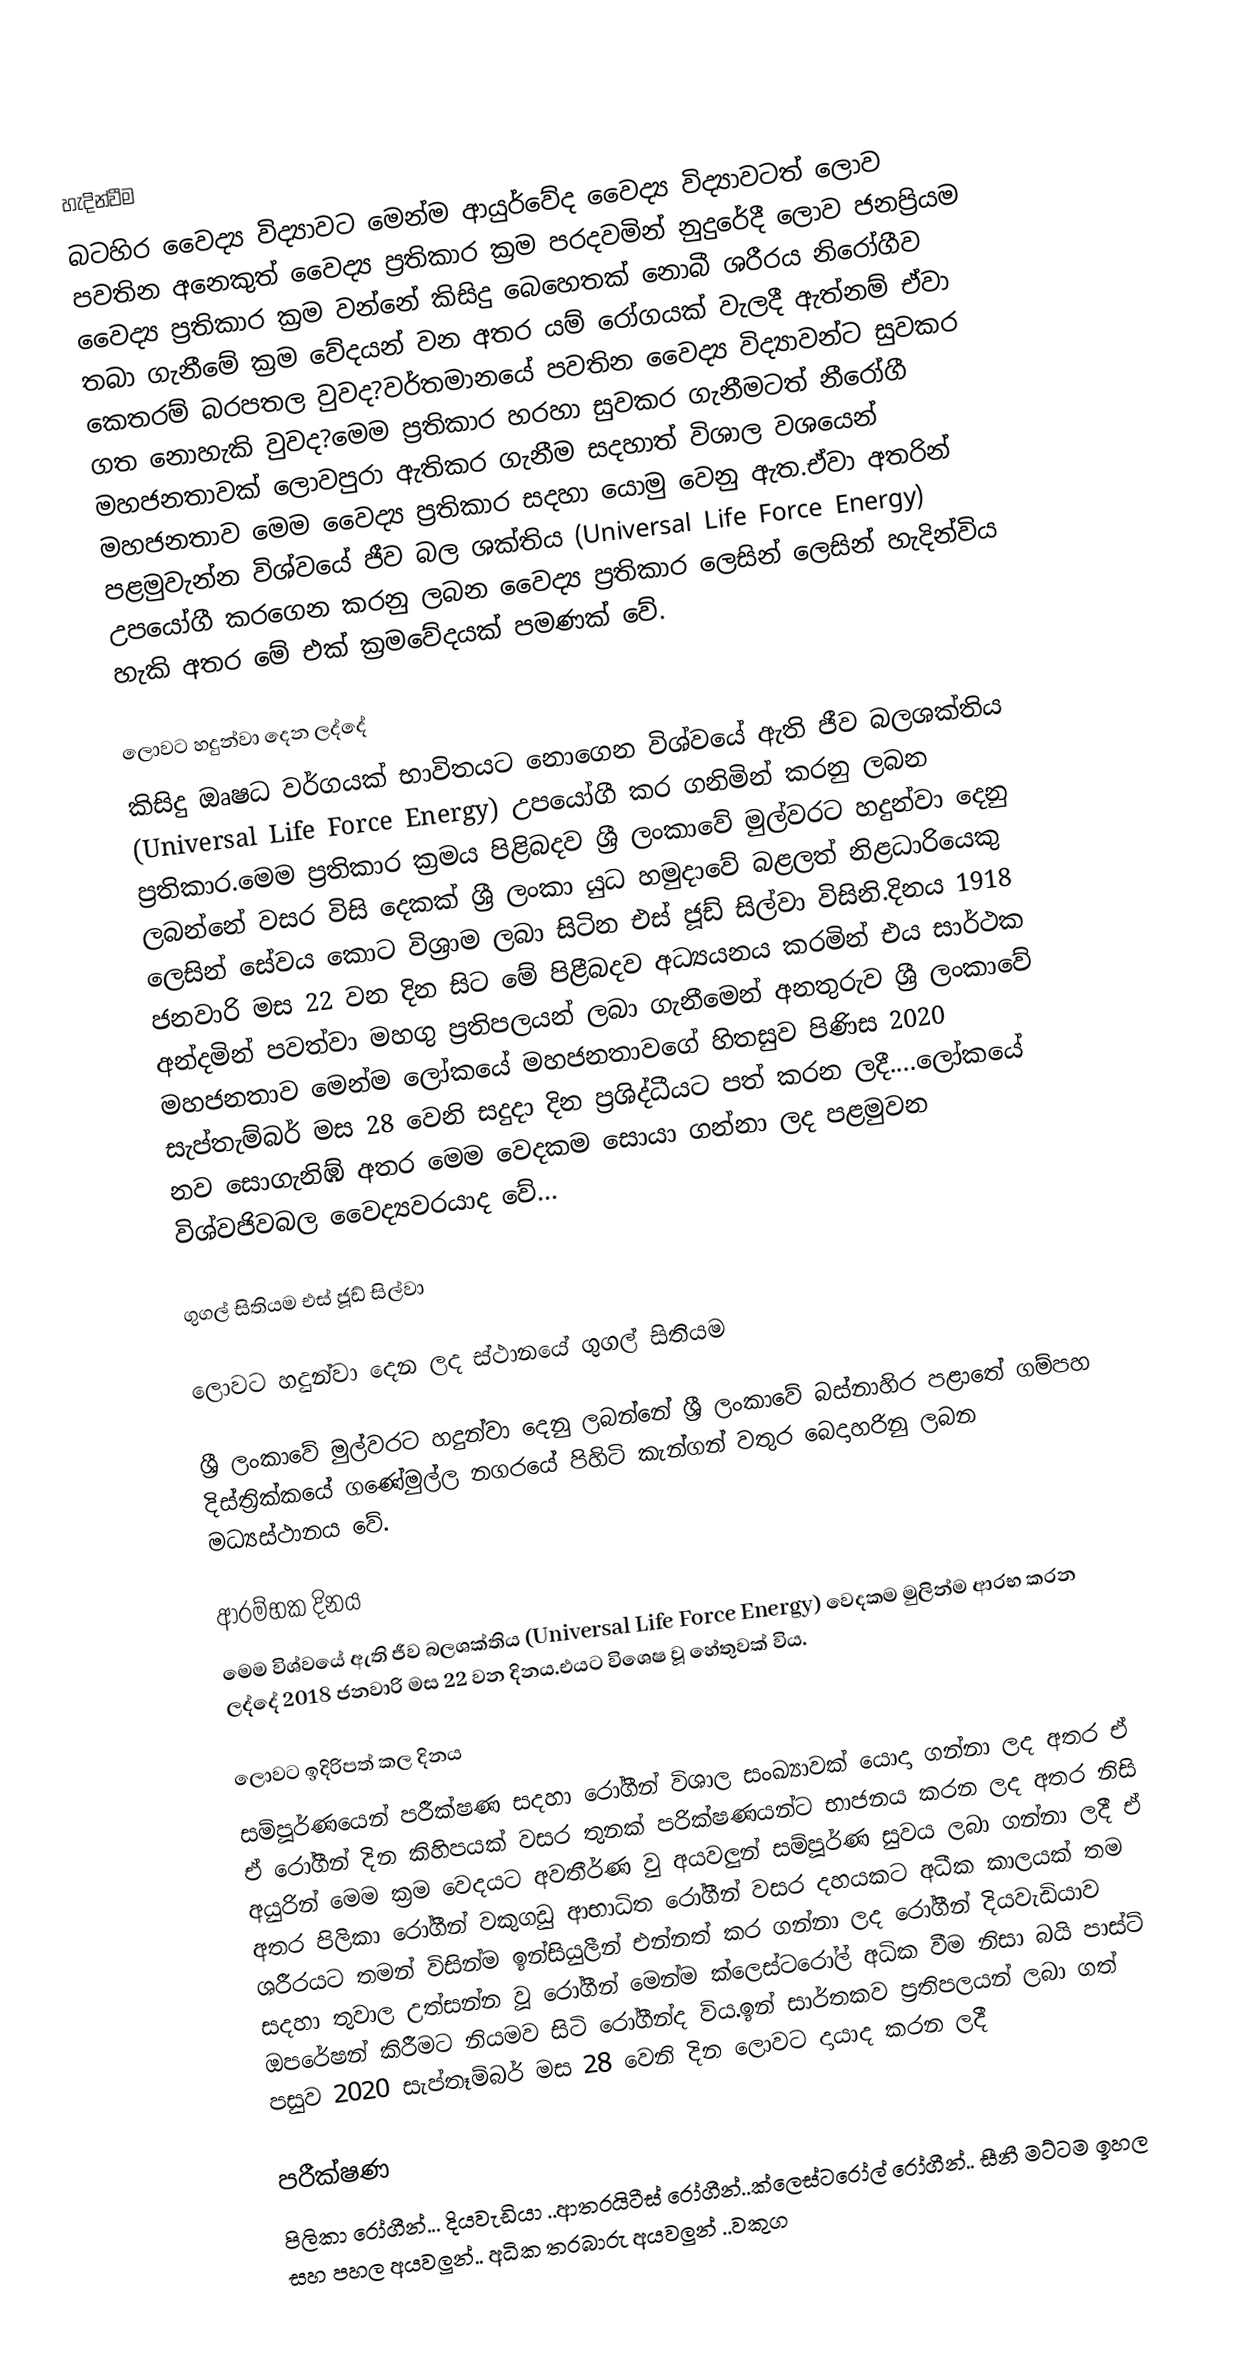

හැදින්වීම
බටහිර වෛද්‍ය විද්‍යාවට මෙන්ම ආයුර්වේද වෛද්‍ය විද්‍යාවටත් ලොව පවතින අනෙකුත් වෛද්‍ය ප්‍රතිකාර ක්‍රම පරදවමින් නුදුරේදී ලොව ජනප්‍රියම වෛද්‍ය ප්‍රතිකාර ක්‍රම වන්නේ කිසිදු බෙහෙතක් නොබී ශරීරය නිරෝගීව තබා ගැනීමේ ක්‍රම වේදයන් වන අතර යම් රෝගයක් වැලදී ඇත්නම් ඒවා කෙතරම් බරපතල වුවද?වර්තමානයේ පවතින වෛද්‍ය විද්‍යාවන්ට සුවකර ගත නොහැකි වුවද?මෙම ප්‍රතිකාර හරහා සුවකර ගැනීමටත් නීරෝගී මහජනතාවක් ලොවපුරා ඇතිකර ගැනීම සදහාත් විශාල වශයෙන් මහජනතාව මෙම වෛද්‍ය ප්‍රතිකාර සදහා යොමු වෙනු ඇත.ඒවා අතරින් පළමුවැන්න විශ්වයේ ජීව බල ශක්තිය (Universal Life Force Energy) උපයෝගී කරගෙන කරනු ලබන වෛද්‍ය ප්‍රතිකාර ලෙසින් ලෙසින් හැදින්විය හැකි අතර මේ එක් ක්‍රමවේදයක් පමණක් වේ.

ලොවට හදුන්වා දෙන ලද්දේ
කිසිදු ඔෘෂධ වර්ගයක් භාවිතයට නොගෙන විශ්වයේ ඇති ජීව බලශක්තිය (Universal Life Force Energy) උපයෝගී කර ගනිමින් කරනු ලබන ප්‍රතිකාර.මෙම ප්‍රතිකාර ක්‍රමය පිළිබදව ශ්‍රී ලංකාවේ මුල්වරට හදුන්වා දෙනු ලබන්නේ වසර විසි දෙකක් ශ්‍රී ලංකා යුධ හමුදාවේ බළලත් නිළධාරියෙකු ලෙසින් සේවය කොට විශ්‍රාම ලබා සිටින එස් ජූඩ් සිල්වා විසිනි.දිනය 1918 ජනවාරි මස 22 වන දින සිට මේ පිළීබදව අධ්‍යයනය කරමින් එය සාර්ථක අන්දමින් පවත්වා මහගු ප්‍රතිපලයන් ලබා ගැනීමෙන් අනතුරුව ශ්‍රී ලංකාවේ මහජනතාව මෙන්ම ලෝකයේ මහජනතාවගේ හිතසුව පිණිස 2020 සැප්තැම්බර් මස 28 වෙනි සදුදා දින ප්‍රශිද්ධීයට පත් කරන ලදී....ලෝකයේ නව සොගැනිඹ් අතර මෙම වෙදකම සොයා ගන්නා ලද පළමුවන  විශ්වජිවබල වෛද්‍යවරයාද වේ...

ගුගල් සිතියම එස් ජූඩ් සිල්වා

 ලොවට හදුන්වා දෙන ලද ස්ථානයේ ගුගල් සිතියම

ශ්‍රී ලංකාවේ මුල්වරට හදුන්වා දෙනු ලබන්නේ ශ්‍රී ලංකාවේ බස්නාහිර පළාතේ ගම්පහ දිස්ත්‍රික්කයේ  ගණේමුල්ල නගරයේ පිහිටි කැන්ගන් වතුර බෙදාහරිනු ලබන මධ්‍යස්ථානය  වේ.

ආරම්භක දිනය
මෙම විශ්වයේ ඇති ජීව බලශක්තිය (Universal Life Force Energy) වෙදකම මුලින්ම ආරභ කරන ලද්දේ 2018 ජනවාරි මස 22 වන දිනය.එයට විශෙෂ වූ හේතුවක් විය.

ලොවට ඉදිරිපත් කල දිනය
සම්පූර්ණයෙන් පරීක්ෂණ සදහා රෝගීන් විශාල සංඛ්‍යාවක් යොදා ගන්නා ලද අතර ඒ ඒ රෝගීන් දින කිහිපයක් වසර තුනක් පරික්ෂණයන්ට භාජනය කරන ලද අතර නිසි අයුරින් මෙම ක්‍රම වෙදයට අවතීර්ණ වු අයවලුන් සම්පූර්ණ සුවය ලබා ගන්නා ලදී ඒ අතර පිලිකා රෝගීන් වකුගඩු ආභාධිත රෝගීන් වසර දහයකට අධීක කාලයක් තම ශරීරයට තමන් විසින්ම ඉන්සියුලීන් එන්නත් කර ගන්නා ලද රෝගීන් දියවැඩියාව සදහා තුවාල උත්සන්න වූ රෝගීන් මෙන්ම ක්ලෙස්ටරෝල් අධික වීම නිසා බයි පාස්ට් ඔපරේෂන් කිරීමට නියමව සිටි රෝගීන්ද විය.ඉන් සාර්තකව ප්‍රතිපලයන් ලබා ගත් පසුව 2020 සැප්තෑම්බර් මස 28 වෙනි දින ලොවට දායාද කරන ලදී

පරීක්ෂණ
පිලිකා රෝගීන්... දියවැඩියා ..ආතරයිටීස් රෝගීන්..ක්ලෙස්ටරෝල් රෝගීන්.. සීනී මට්ටම ඉහල සහ පහල අයවලුන්.. අධික තරබාරු අයවලුන් ..වකුග